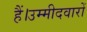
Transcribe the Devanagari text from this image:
हैं।उम्मीदवारों